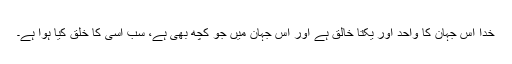
خدا اس جہان کا واحد اور یکتا خالق ہے اور اس جہان میں جو کچھ بھی ہے، سب اسی کا خلق کیا ہوا ہے۔